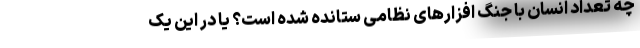
چه تعداد انسان با جنگ افزارهای نظامی ستانده شده است؟ یا در این یک